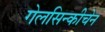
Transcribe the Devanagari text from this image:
गेलसिन्कीचेन